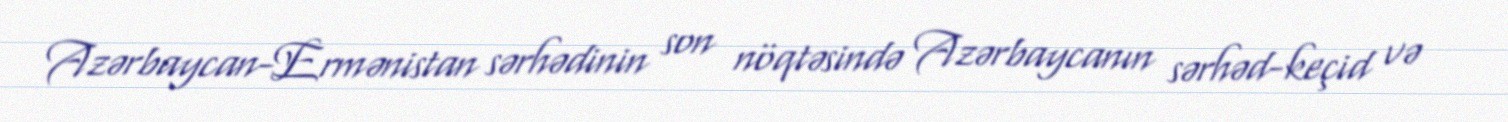
Azərbaycan-Ermənistan sərhədinin son nöqtəsində Azərbaycanın sərhəd-keçid və